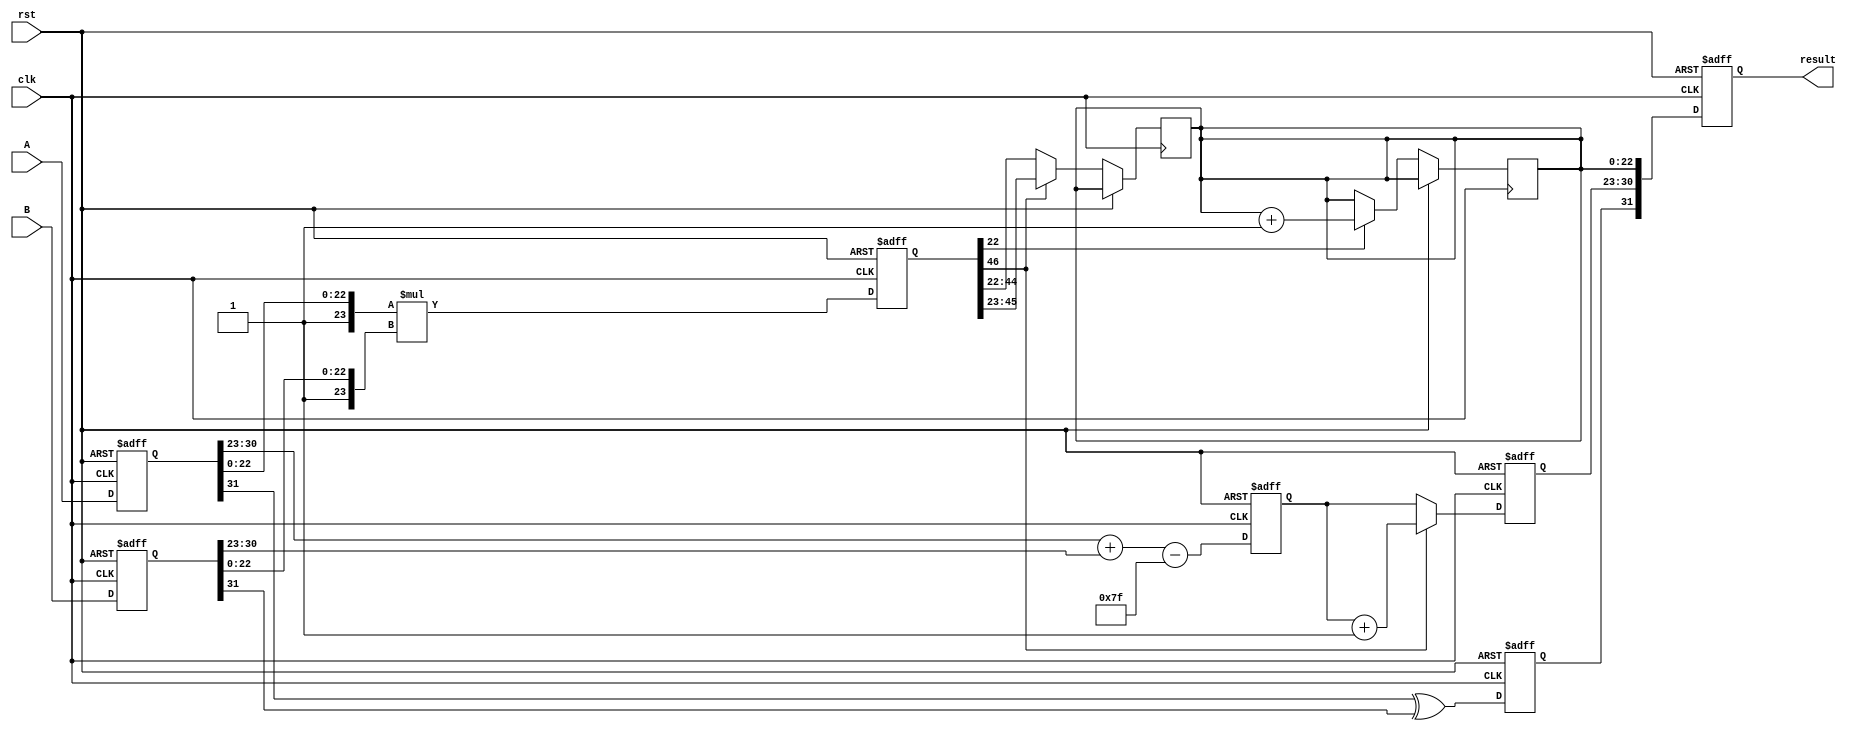
module pipelined_fp_multiplier (
    input wire clk,
    input wire rst,
    input wire [31:0] A,
    input wire [31:0] B,
    output reg [31:0] result
);

    // Pipeline registers
    reg [31:0] A_reg [0:4]; // Register for stage inputs
    reg [31:0] B_reg [0:4];
    reg [1:0] sign_reg [0:4];
    reg [8:0] exp_reg [0:4]; // Using 9 bits to handle overflow
    reg [46:0] mant_reg [0:4]; // 46 bits for the mantissa multiplication
    reg [7:0] final_exp; // Final exponent
    reg [22:0] final_mant; // Final mantissa

    // Pipeline stages
    // Stage 1: Input and Decomposition
    always @(posedge clk or posedge rst) begin
        if (rst) begin
            A_reg[0] <= 0;
            B_reg[0] <= 0;
        end else begin
            A_reg[0] <= A;
            B_reg[0] <= B;
        end
    end

    // Stage 2: Sign and Exponent Calculation
    always @(posedge clk or posedge rst) begin
        if (rst) begin
            sign_reg[1] <= 0;
            exp_reg[1] <= 0;
        end else begin
            sign_reg[1] <= {A_reg[0][31] ^ B_reg[0][31]};
            exp_reg[1] <= {1'b0, A_reg[0][30:23]} + {1'b0, B_reg[0][30:23]} - 127;
        end
    end

    // Stage 3: Mantissa Multiplication
    always @(posedge clk or posedge rst) begin
        if (rst) begin
            mant_reg[2] <= 0;
        end else begin
            // Multiply mantissas with implicit leading 1
            mant_reg[2] <= {1'b1, A_reg[0][22:0]} * {1'b1, B_reg[0][22:0]};
        end
    end

    // Stage 4: Normalization
    always @(posedge clk or posedge rst) begin
        if (rst) begin
            final_exp <= 0;
        end else begin
            if (mant_reg[2][46]) begin
                // Already normalized
                final_mant <= mant_reg[2][45:23]; // Get the top 23 bits
                final_exp <= exp_reg[1] + 1; // Increment exponent
            end else begin
                // Normalize
                final_mant <= mant_reg[2][44:22]; // Right shift
                final_exp <= exp_reg[1]; // Keep exponent
            end
        end
    end

    // Stage 5: Rounding and Output Assembly
    always @(posedge clk or posedge rst) begin
        if (rst) begin
            result <= 0;
        end else begin
            // Rounding logic (simple rounding to nearest even)
            if (mant_reg[2][22]) begin
                final_mant <= final_mant + 1; // Round up if the last bit is 1
            end
            // Assemble final result
            result <= {sign_reg[1], final_exp[7:0], final_mant[22:0]};
        end
    end

endmodule